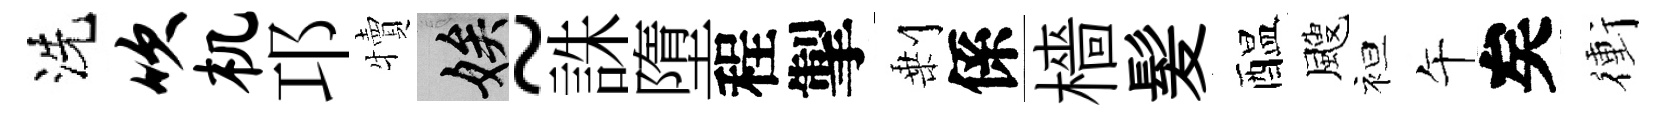
洗吹机邛犢娭~誅墮程掣剰係檣髪醖颼袒午矣衝